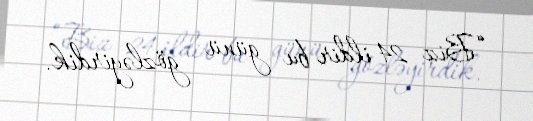
“Biz 24 ildir bu günü gözləyirdik.